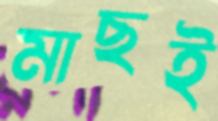
মাছই